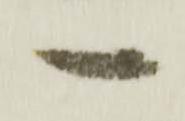
一